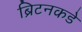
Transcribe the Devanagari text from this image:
ब्रिटनकडे